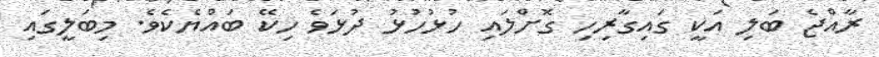
ރާއްޖެ ބަލި އަކީ ގައިގާރިހި ގޮށްލައި ހުޅުހުޅު ދުޅަވެ ހިކޭ ބައްޔެކެވެ. މިބަލީގައި